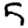
Digit: 5